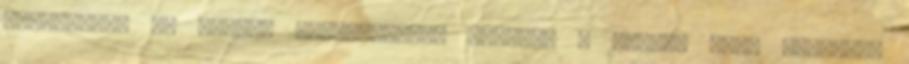
készíteni, ez súlyos behatolásnak számít” – mondta Jean Ennochi,